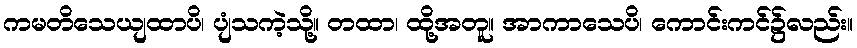
ကမတိသေယျထာပိ၊ ပျံသကဲ့သို့။ တထာ၊ ထို့အတူ။ အာကာသေပိ၊ ကောင်းကင်၌လည်း။